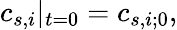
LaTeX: c_{s,i}|_{t=0}=c_{s,i;0},